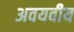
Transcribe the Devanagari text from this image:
अवयवीय